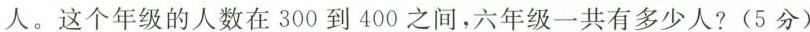
人。这个年级的人数在300到400之间，六年级一共有多少人?(5分)